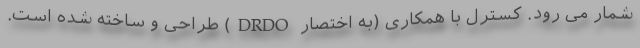
شمار می رود. کسترل با همکاری (به اختصار DRDO) طراحی و ساخته شده است.